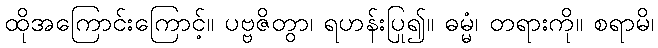
ထိုအကြောင်းကြောင့်။ ပဗ္ဗဇိတွာ၊ ရဟန်းပြု၍။ ဓမ္မံ၊ တရားကို။ စရာမိ၊